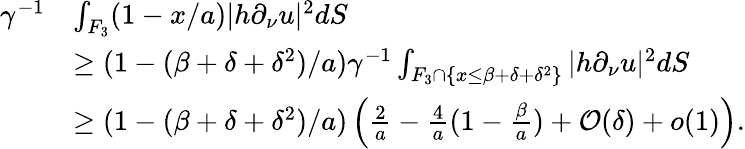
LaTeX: \begin{array}{rl}{\gamma^{-1}}&{\int_{F_{3}}(1-x/a)|h\partial_{\nu}u|^{2}dS}\\ &{\geq(1-(\beta+\delta+\delta^{2})/a)\gamma^{-1}\int_{F_{3}\cap\{ x\leq\beta+\delta+\delta^{2}\} }|h\partial_{\nu}u|^{2}dS}\\ &{\geq(1-(\beta+\delta+\delta^{2})/a)\left(\frac{2}{a}-\frac{4}{a}(1-\frac{\beta}{a})+{\mathcal O}(\delta)+o(1)\right).}\end{array}